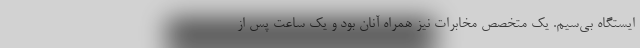
ایستگاه بی‌سیم. یک متخصص مخابرات نیز همراه آنان بود و یک ساعت پس از